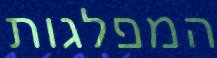
המפלגות